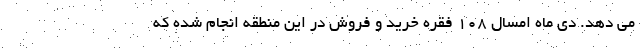
می دهد. دی ماه امسال ۱۰۸ فقره خرید و فروش در این منطقه انجام شده که